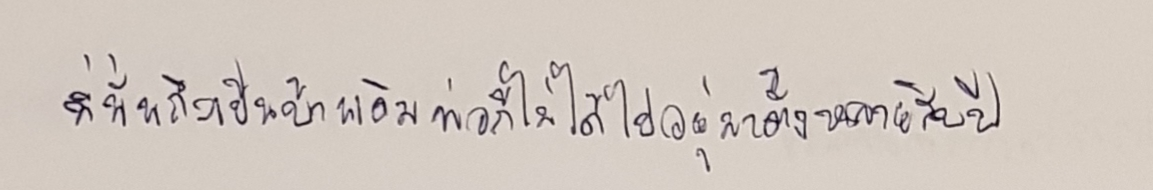
ที่นั่นถึงเป็นบ้านเดิมพ่อก็ไม่ได้ไปอยู่มาตั้งหลายสิบปี